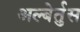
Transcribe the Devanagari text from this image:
अल्बेर्तुस